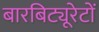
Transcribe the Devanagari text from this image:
बारबिट्यूरेटों